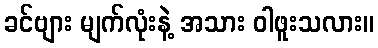
ခင်ဗျား မျက်လုံးနဲ့ အသား ဝါဖူးသလား။